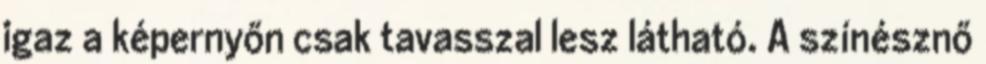
igaz a képernyőn csak tavasszal lesz látható. A színésznő